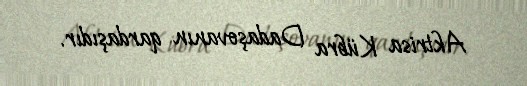
Aktrisa Kübra Dadaşovanın qardaşıdır.